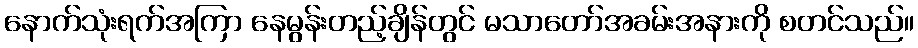
နောက်သုံးရက်အကြာ နေမွန်းတည့်ချိန်တွင် မသာတော်အခမ်းအနားကို စတင်သည်။